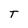
Character: T